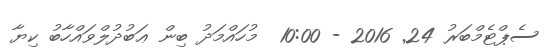
ސެޕްޓެމްބަރު 24